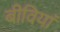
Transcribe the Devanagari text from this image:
बीवियां